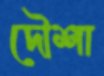
দৌশা